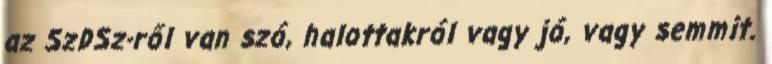
az SzDSz-ről van szó, halottakról vagy jó, vagy semmit.